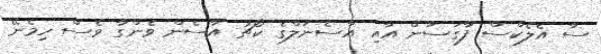
ސާ އެލެކްސް ފާގަސަން އާއި އާސެނަލްގެ ކޯޗު އާސެން ވެންގާ ވެސް ހިމެނޭ